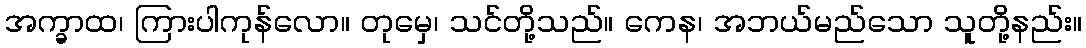
အက္ခာထ၊ ကြားပါကုန်လော။ တုမှေ၊ သင်တို့သည်။ ကေန၊ အဘယ်မည်သော သူတို့နည်း။